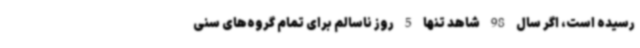
رسیده است، اگر سال 98 شاهد تنها 5 روز ناسالم برای تمام گروه‌های سنی